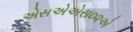
એસએએસ૦૨એ